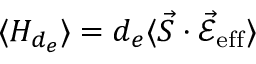
\langle H _ { d _ { e } } \rangle = d _ { e } \langle \vec { S } \cdot \mathcal { \vec { E } } _ { \mathrm { e f f } } \rangle